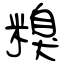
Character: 糗